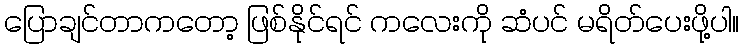
ပြောချင်တာကတော့ ဖြစ်နိုင်ရင် ကလေးကို ဆံပင် မရိတ်ပေးဖို့ပါ။